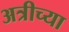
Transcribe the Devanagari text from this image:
अत्रीच्या